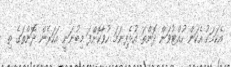
އެކަމަކު އެކަން ހުއްޓުވަން ދޮންތަ އުޅެފިނަމަ ހުވާކޮށްފަ މިބުނަނީ އަހަރެން ދޮންތަގެ ތި